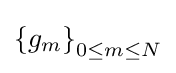
\left\{g_{m}\right\}_{0\leq m\leq N}